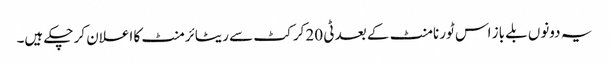
یہ دونوں بلے باز اس ٹورنامنٹ کے بعد ٹی 20 کرکٹ سے ریٹائرمنٹ کا اعلان کر چکے ہیں۔